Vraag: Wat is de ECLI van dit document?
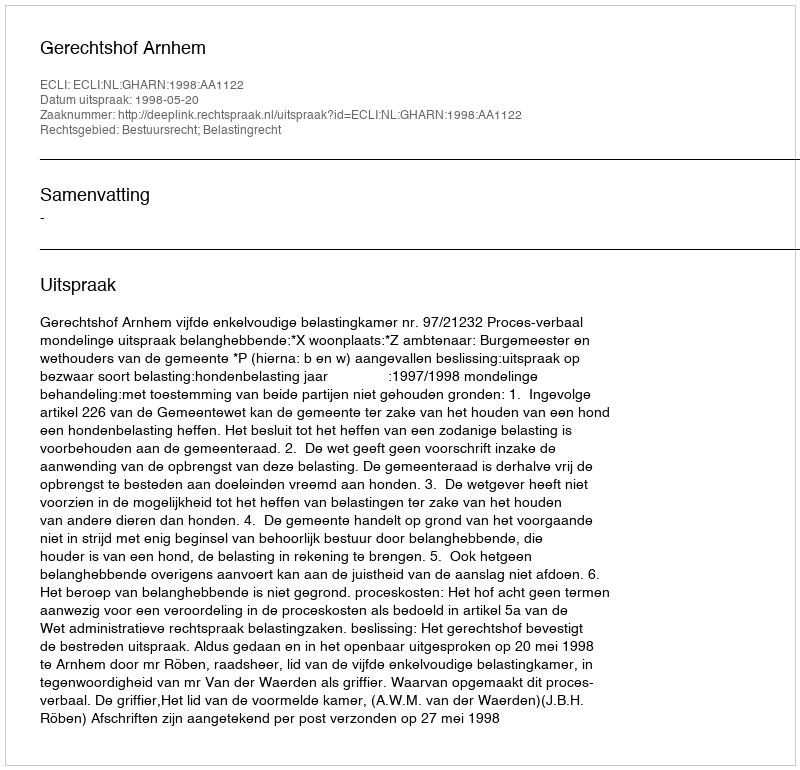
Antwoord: ECLI:NL:GHARN:1998:AA1122